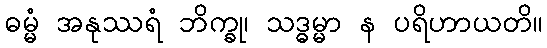
ဓမ္မံ အနုဿရံ ဘိက္ခု၊ သဒ္ဓမ္မာ န ပရိဟာယတိ။